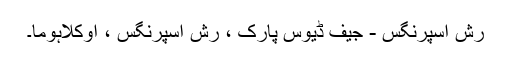
رش اسپرنگس - جیف ڈیوس پارک ، رش اسپرنگس ، اوکلاہوما۔